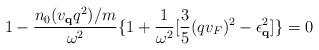
LaTeX: \begin{align*}1 - \frac{ n_{0} (v_{ {\bf{q}} }q^{2})/m }{\omega^{2}}\{1 + \frac{1}{ \omega^{2}}[\frac{3}{5}(qv_{F})^{2} - \epsilon^{2}_{ {\bf{q}} }]\} = 0\end{align*}